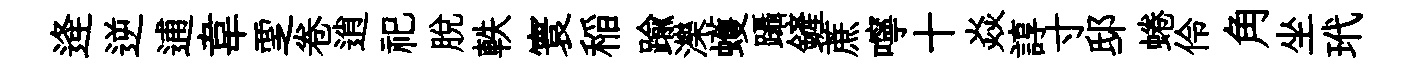
逄逆逋韋覂卷逍祀脫軼寰稲踰濼蠖躡鏟蔗嚀十焱諄寸邸蜷伶角坐玳